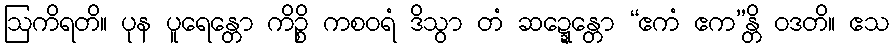
ဩကိရတိ။ ပုန ပူရေန္တော ကိဉ္စိ ကစဝရံ ဒိသွာ တံ ဆဍ္ဍေန္တော “ဧကံ ဧက”န္တိ ဝဒတိ။ ဧသ